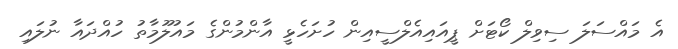
އެ މައްސަލަ ސިވިލް ކޯޓަށް ޕީއައިއެލްސީއިން ހުށަހެޅީ އާންމުންގެ މައުލޫމާތު ހުއްދައާ ނުލައި